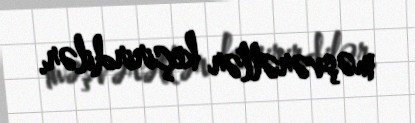
məşvərətlər keçirirdilər.